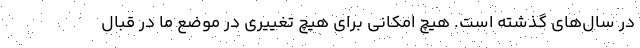
در سال‌های گذشته است. هیچ امکانی برای هیچ تغییری در موضع ما در قبال